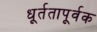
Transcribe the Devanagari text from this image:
धूर्ततापूर्वक